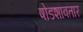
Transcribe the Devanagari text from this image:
षोडशावतार